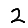
Digit: 2